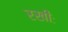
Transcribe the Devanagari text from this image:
रखीः